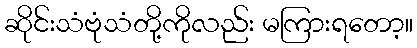
ဆိုင်းသံဗုံသံတို့ကိုလည်း မကြားရတော့။